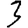
Digit: 3